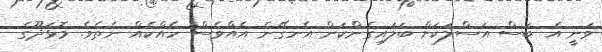
ވަނީ އެ ބަސް އަސްލަކަށް ބަލައިގެންކަން އެނގޭނެ އެއްވެސް ހެއްކެއް ނެތެވެ. މޮޅަދޫގެ